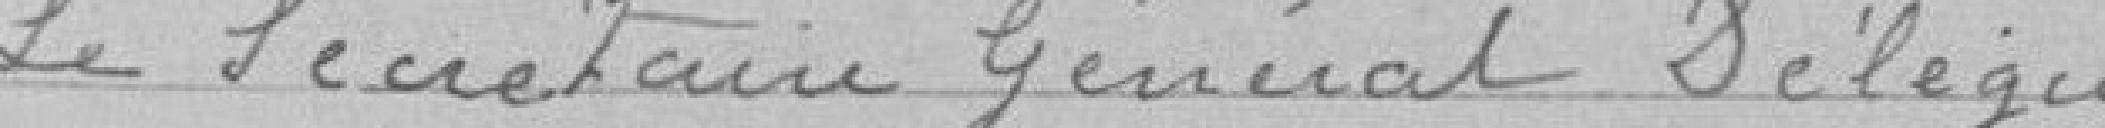
Le Secrétaire Général Délégué